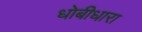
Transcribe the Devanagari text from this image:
धोबीधारा